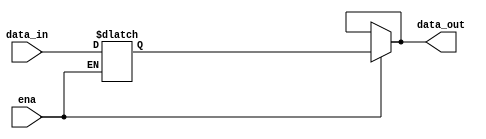
`timescale 1ns / 1ps
//////////////////////////////////////////////////////////////////////////////////
// Company: 
// Engineer: 
// 
// Design Name: 
// Module Name: IR
// Project Name: 
// Target Devices: 
// Tool Versions: 
// Description: 
// 
// Dependencies: 
// 
// Revision:
// Revision 0.01 - File Created
// Additional Comments:
// 
//////////////////////////////////////////////////////////////////////////////////


module IR(
    input ena,
    input [31:0] data_in,              
    output [31:0] data_out
    );
    reg [31:0] ir;

    assign data_out=ena?ir:data_out;            // pc
    
    always @(*)        // 
        if(ena) ir=data_in;
endmodule